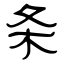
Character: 条